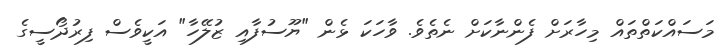
މަސައްކަތްތައް މިހާރަށް ފެންނާކަށް ނެތެވެ. ވާހަކަ ޅެން "ޔޫސުފާއި ޒުލޭހާ" އަކީވެސް ފިރުދޯސީގެ